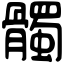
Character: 髑